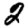
Digit: 2